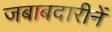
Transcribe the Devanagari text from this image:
जबाबदारीनें